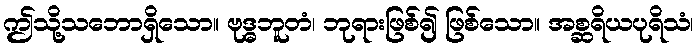
ဤသို့သဘောရှိသော။ ဗုဒ္ဓဘူတံ၊ ဘုရားဖြစ်၍ ဖြစ်သော။ အစ္ဆရိယပုရိသံ၊